Vaccination North-Western Provinces 1866-1877 - 1866-1877
Year: 1866
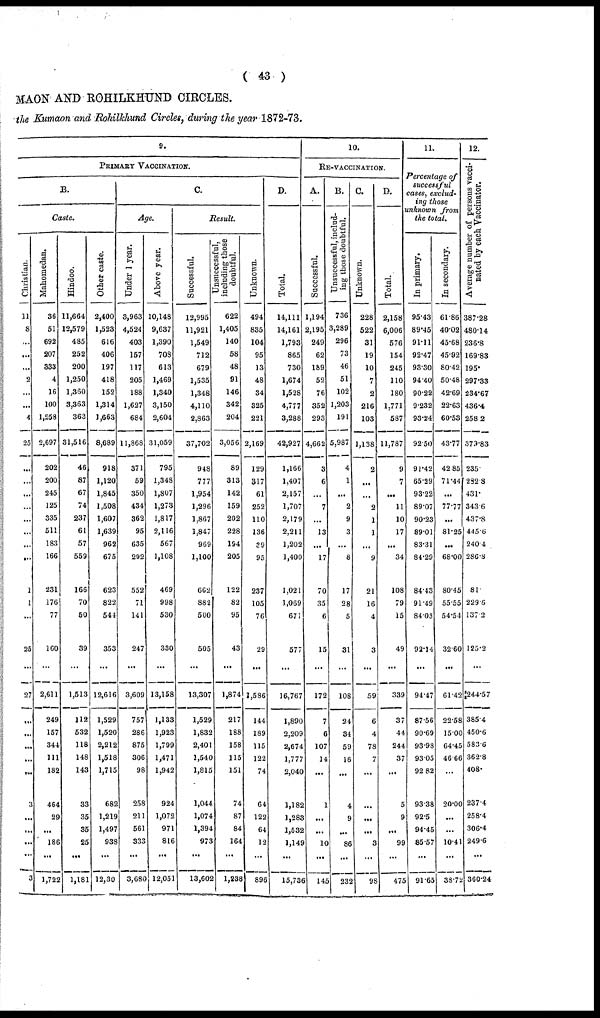
( 43 )
MAON AND ROHILKHUND CIRCLES.
the Kumaon and Rohilkhund Circles, during the year 1872-73.
9.
PRIMARY VACCINATION.
B.
Caste.
Christian.
11
8
...
...
...
2
...
...
4
25
...
...
...
...
...
...
...
...
1
1
...
25
...
27
...
...
...
...
...
3
...
...
...
3
Mahomedan.
36
51
692
207
333
4
16
100
1,258
2,697
202
200
245
125
335
511
183
166
231
176
77
160
...
2,611
249
157
344
111
182
464
29
...
186
...
1,722
Hindoo.
11,664
12,579
485
252
200
1,250
1,360
3,363
363
31,516
46
87
67
74
237
61
57
559
166
70
50
39
1,513
112
532
118
148
143
33
35
35
25
...
1,181
Other caste.
2,400
1,523
616
406
197
418
152
1,314
1,663
8,689
918
1,120
1,845
1,508
1,607
1,639
962
675
623
822
544
353
...
12,616
1,529
1,520
2,212
1,518
1,715
682
1,219
1,497
938
...
12,30
C.
Age.
Under 1 year.
3,963
4,524
403
157
117
205
188
1,627
684
11,868
371
59
350
434
362
95
635
292
552
71
141
247
...
3,609
757
286
875
306
98
258
211
561
333
...
3,680
Above year.
10,148
9,637
1,390
708
613
1,469
1,340
3,150
2,604
31,059
795
1,348
1,807
1,273
1,817
2,116
567
1,108
469
998
530
330
...
13,158
1,133
1,923
1,799
1,471
1,942
924
1,072
971
816
...
12,051
Result.
Successful.
12,995
11,921
1,549
712
679
1,535
1,348
4,110
2,863
37,702
948
777
1,954
1,296
1,867
1,847
969
1,100
662
882
500
505
...
13,307
1,529
1,832
2,401
1,540
1,815
1,044
1,074
1,394
973
...
13,602
i ncluding those
doubtful.
622
1,405
140
58
48
91
146
342
204
3,056
89
313
142
159
202
228
194
205
122
82
95
43
...
1,874
217
188
158
115
151
74
87
84
164
...
1,238
Unknown.
494
835
104
95
13
48
34
325
221
2,169
129
317
61
252
110
136
39
95
237
105
76
29
...
1,586
144
189
115
122
74
64
122
64
12
...
896
D.
Total.
14,111
14,161
1,793
865
730
1,674
1,528
4,777
3,288
42,927
1,166
1,407
2,157
1,707
2,179
2,211
1,202
1,400
1,021
1,069
671
577
...
16,767
1,890
2,209
2,674
1,777
2,040
1,182
1,283
1,532
1,149
...
15,736
10.
RE-VACCINATION.
A.
Successful.
1,194
2,195
249
62
189
52
76
352
293
4,662
3
6
...
7
...
13
...
17
70
35
6
15
...
172
7
6
107
14
...
1
...
...
10
...
145
B.
Unsuccessful, includ-
ing those doubtful.
736
3,289
296
73
46
51
102
1,203
191
5,987
4
1
...
2
9
3
...
8
17
28
5
31
...
108
24
34
59
16
...
4
9
...
86
...
232
C.
Unknown.
228
522
31
19
10
7
2
216
103
1,138
2
...
...
2
1
1
...
9
21
16
4
3
...
59
6
4
78
7
...
...
...
3
...
98
D.
Total.
2,158
6,006
576
154
245
110
180
1,771
587
11,787
9
7
...
11
10
17
...
34
108
79
15
49
...
339
37
44
244
37
...
5
9
...
99
...
475
11.
Percentage of
successful
cases, exclud¬
ing those
unknown from
the total.
In primary.
95.43
89.45
91.11
92.47
93.30
94.40
90.22
9.232
93.24
92.50
91.42
65.29
93.22
89.07
90.23
89.01
83.31
84.29
84.43
91.49
84.03
92.14
...
94.47
87.56
90.69
93.98
93.05
92.82
93.38
92.5
94.45
85.57
...
91.65
In secondary.
61.86
40.02
45.68
45.92
80.42
50.48
42.69
22.63
60.53
43.77
42.85
71.44
...
77.77
...
81.25
...
68.00
80.45
55.55
54.54
32.60
...
61.42
22.58
15.00
64.45
46.06
...
20.00
...
...
10.41
...
38.72
12.
Average number of persons vacci-
nated by each Vaccinator.
387.28
480.14
236.8
169.83
195
297.33
234.67
436.4
258.2
379.83
235.
232.8
431
343.6
437.8
445.6
240.4
286.8
81
229.6
137.2
125.2
...
244.57
385.4
450.6
583.6
362.8
408
237.4
258.4
306.4
249.6
...
360.24